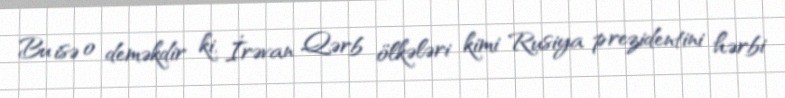
Bu isə o deməkdir ki, İrəvan Qərb ölkələri kimi Rusiya prezidentini hərbi